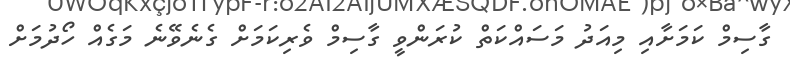
ގާސިމް ކަމަށާއި މިއަދު މަސައްކަތް ކުރަންވީ ގާސިމް ވެރިކަމަށް ގެނެވޭނެ މަގެއް ހޯދުމަށް